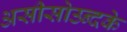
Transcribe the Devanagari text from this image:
असीसोउन्दके